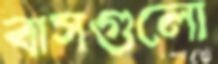
বাসগুলো